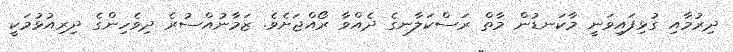
ދިރުމާއި ގުޅިފައިވަނީ މާކަނޑުން މާތް ރަސްކަލާނގެ ދެއްވާ ރޯއްޖަށެވެ. ޒަމާނުއްސުރެ ދިވެހިންގެ ދިރިއުޅުމަކީ